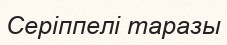
Серіппелі таразы